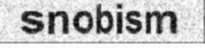
snobism